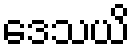
ဒေသယိ